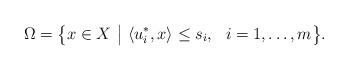
LaTeX: \begin{align*}\Omega=\big\{x\in X~\big|~\langle u_i^*,x\rangle\leq s_i,~~i=1,\ldots,m\big\}.\end{align*}